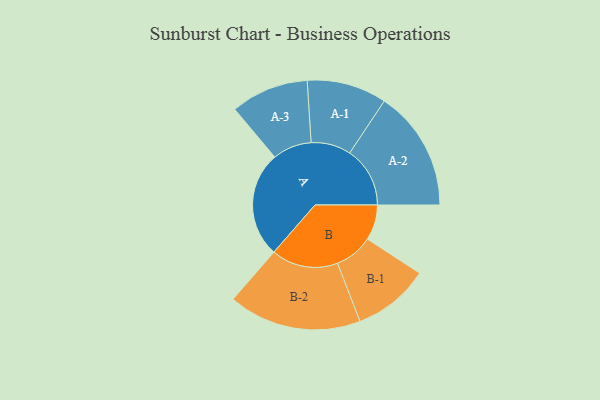
{"axis": {"x": "Segment", "y": "Value"}, "legend": ["", "A", "B"], "data": [{"x": "A", "y": 467, "type": ""}, {"x": "B", "y": 156, "type": ""}, {"x": "A-1", "y": 176, "type": "A"}, {"x": "A-2", "y": 266, "type": "A"}, {"x": "A-3", "y": 172, "type": "A"}, {"x": "B-1", "y": 169, "type": "B"}, {"x": "B-2", "y": 294, "type": "B"}]}